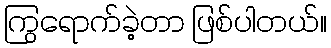
ကြွရောက်ခဲ့တာ ဖြစ်ပါတယ်။